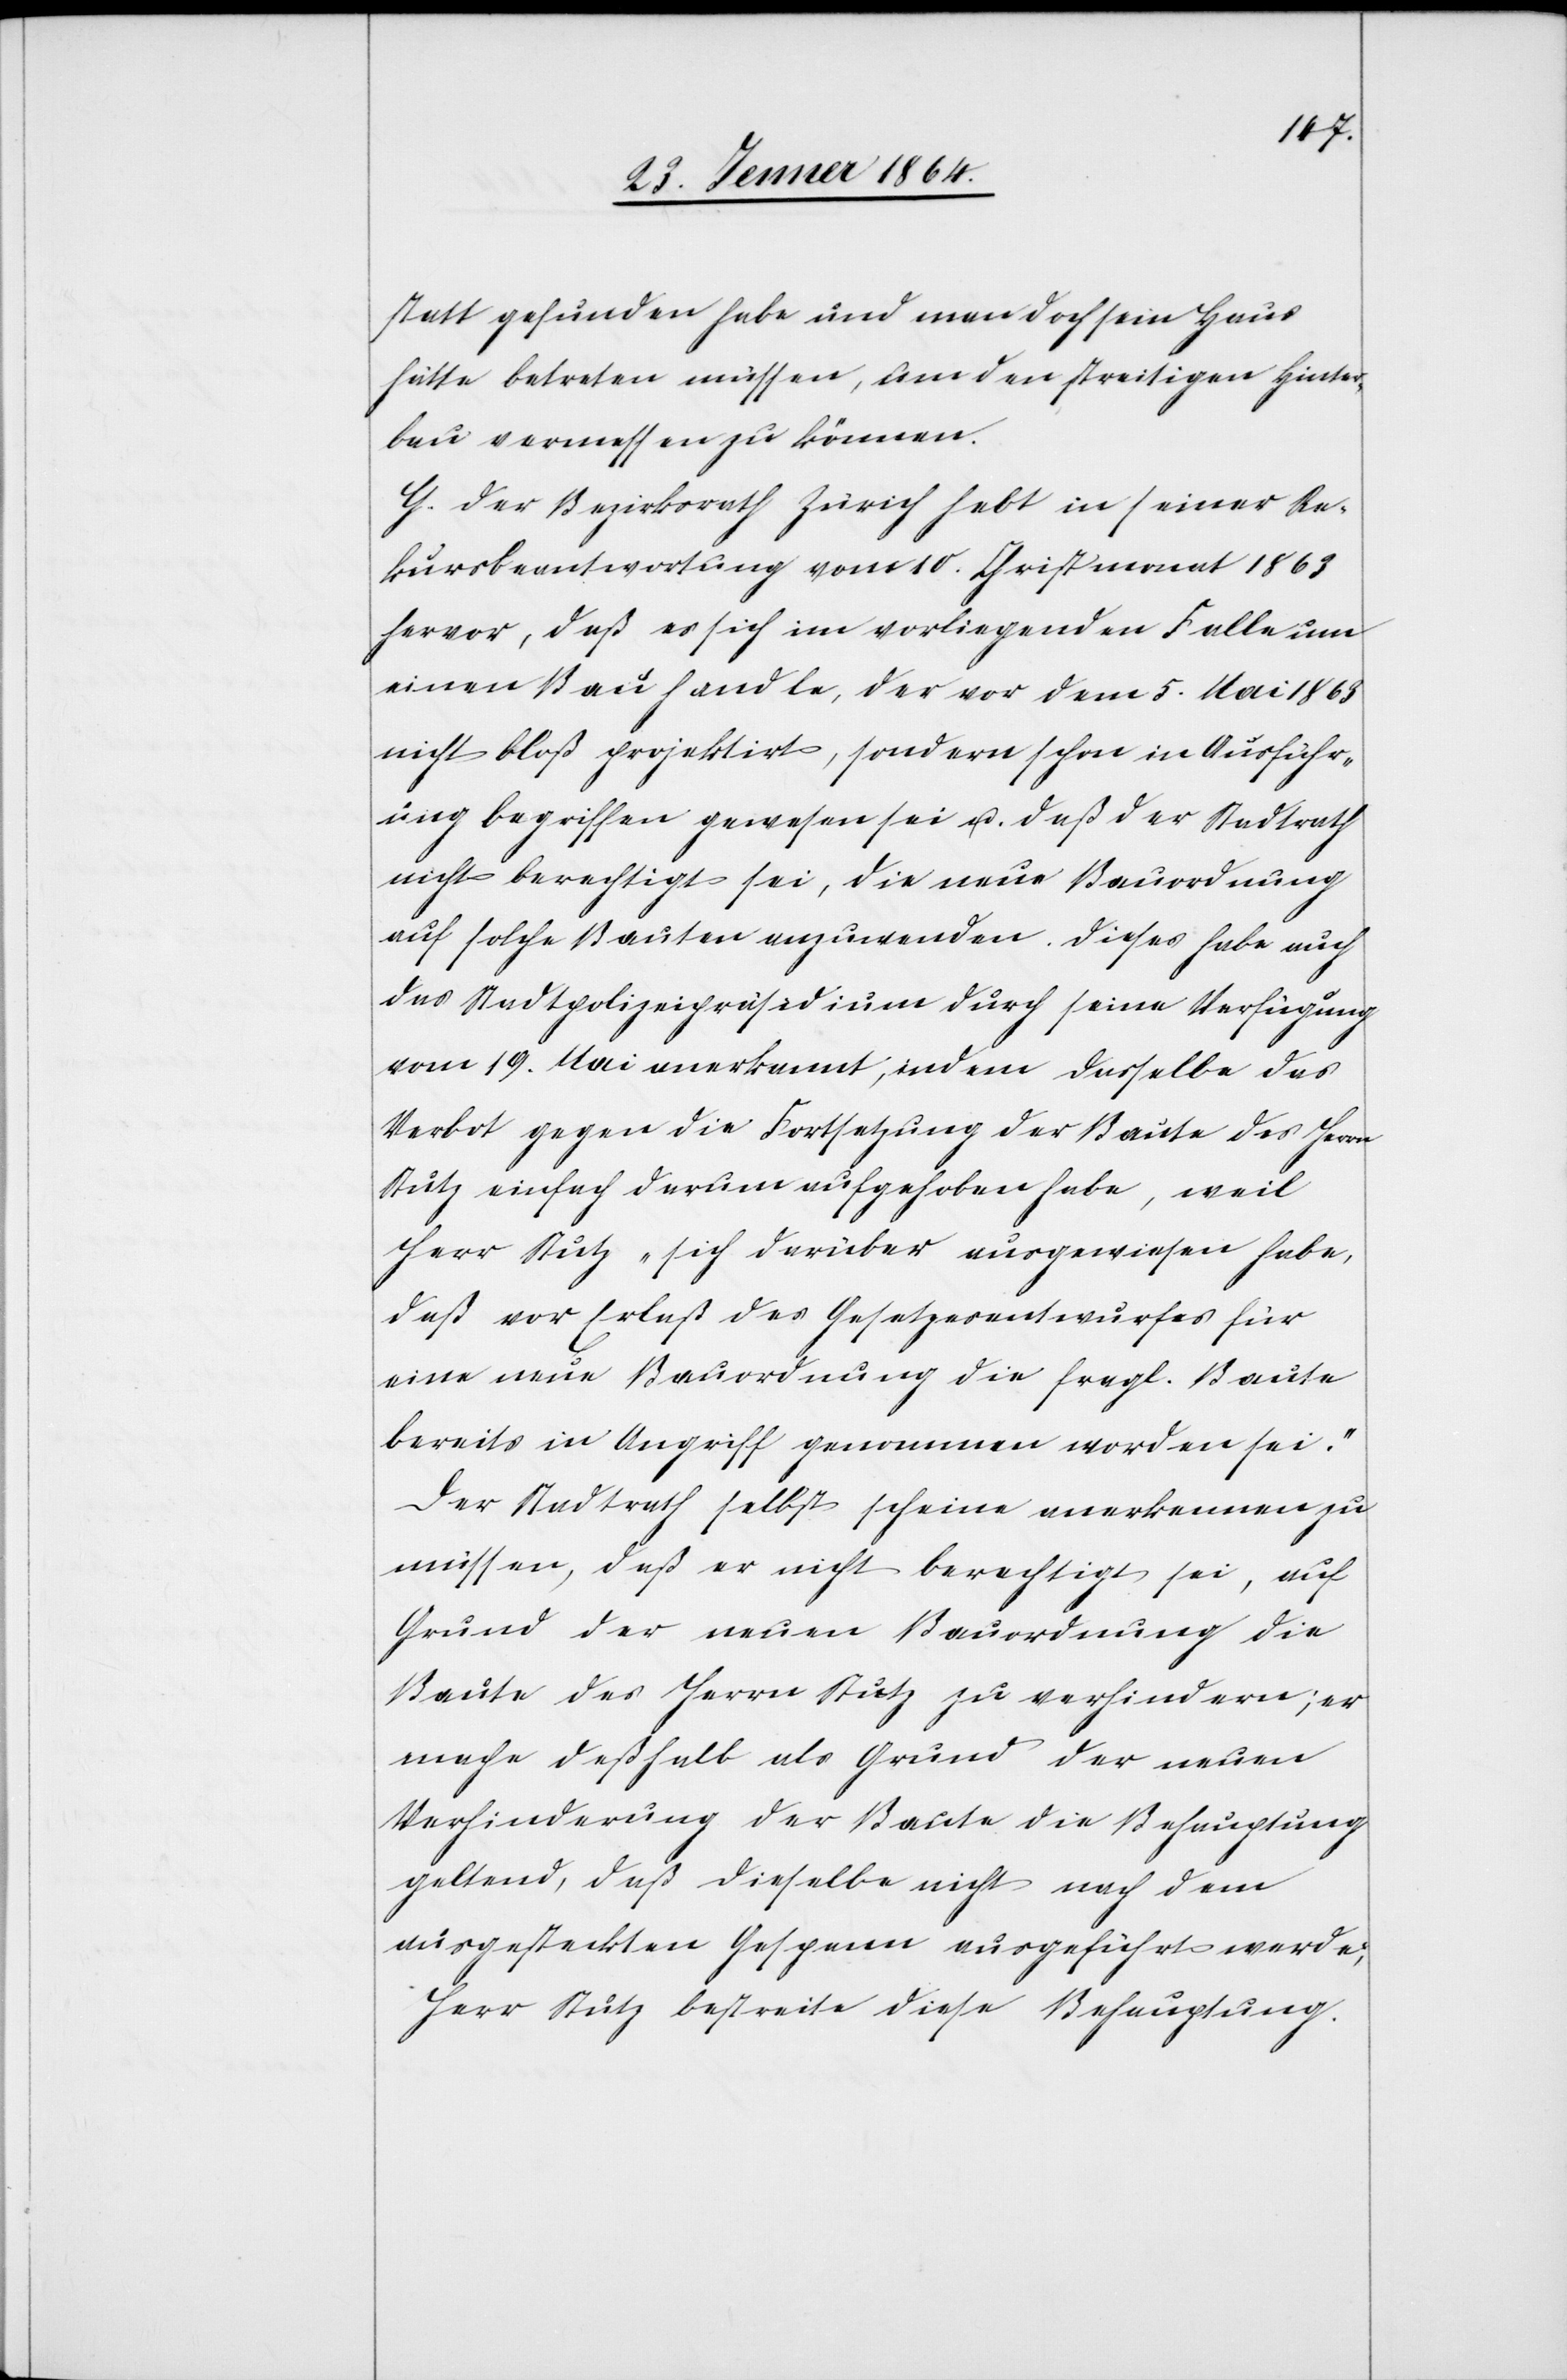
statt gefunden habe und man doch sein Haus
hätte betreten müssen, um den streitigen Hinter¬
bau vermessen zu können.
G. Der Bezirksrath Zürich hebt in seiner Re¬
kursbeantwortung vom 10. Christmonat 1863
hervor, daß es sich im vorliegenden Falle um
einen Bau handle, der vor dem 5. Mai 1863
nicht bloß projektirt, sondern schon in Ausführ¬
ung begriffen gewesen sei u. daß der Stadtrath
nicht berechtigt sei, die neue Bauordnung
auf solche Bauten anzuwenden. Dieses habe auch
das Stadtpolizeipräsidium durch seine Verfügung
vom 19. Mai anerkannt, indem dasselbe das
Verbot gegen die Fortsetzung der Baute des Herrn
Stutz einfach darum aufgehoben habe, weil
Herr Stutz „sich darüber ausgewiesen habe,
daß vor Erlaß des Gesetzesentwurfes für
eine neue Bauordnung die fragl. Baute
bereits in Angriff genommen worden sei.“
Der Stadtrath selbst scheine anerkennen zu
müssen, daß er nicht berechtigt sei, auf
Grund der neuen Bauordnung die
Baute des Herrn Stutz zu verhindern; er
mache deßhalb als Grund der neuen
Verhinderung der Baute die Behauptung
geltend, daß dieselbe nicht nach dem
ausgesteckten Gespann ausgeführt werde;
Herr Stutz bestreite diese Behauptung.